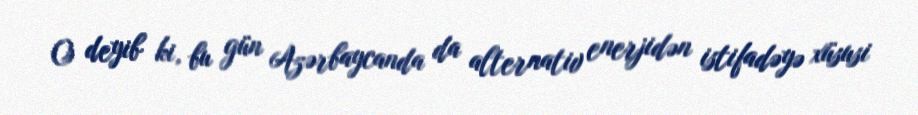
O deyib ki, bu gün Azərbaycanda da alternativ enerjidən istifadəyə xüsusi